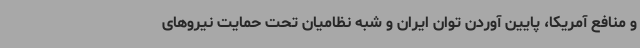
و منافع آمریکا، پایین آوردن توان ایران و شبه نظامیان تحت حمایت نیروهای